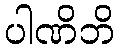
ပါဏိဘိ